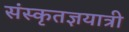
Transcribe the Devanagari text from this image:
संस्कृतज्ञयात्री